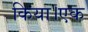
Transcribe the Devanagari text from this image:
किया।एक